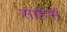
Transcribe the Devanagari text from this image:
साहसं